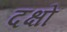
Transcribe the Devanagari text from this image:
दक्षों